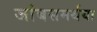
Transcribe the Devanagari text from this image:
जांबसमर्थया